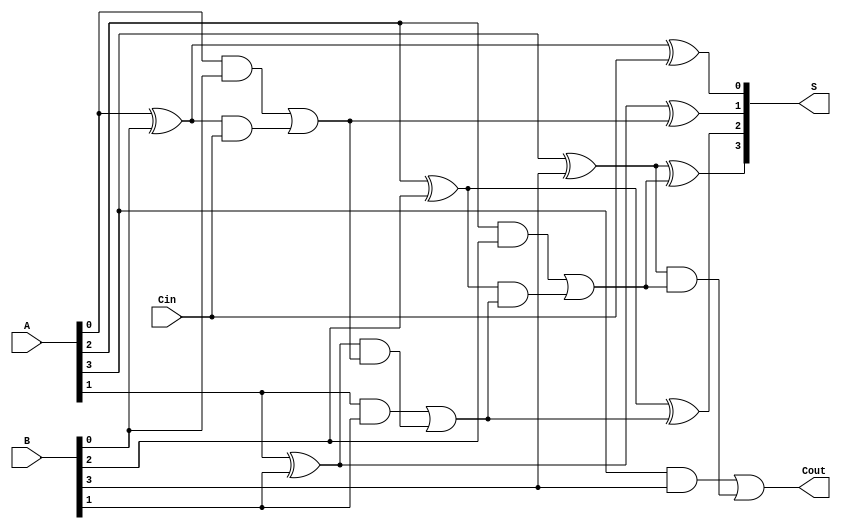
module ManchesterCarryChainAdder #(parameter n = 4) (
    input [n-1:0] A,      // First n-bit input
    input [n-1:0] B,      // Second n-bit input
    input Cin,            // Carry-in
    output [n-1:0] S,     // n-bit sum output
    output Cout           // Carry-out
);

    wire [n:0] C; // Carry signals
    wire [n-1:0] G; // Generate signals
    wire [n-1:0] P; // Propagate signals

    // Generate and Propagate signals
    genvar i;
    generate
        for (i = 0; i < n; i = i + 1) begin : full_adder
            assign G[i] = A[i] & B[i]; // Generate
            assign P[i] = A[i] ^ B[i]; // Propagate

            // Full Adder Logic
            assign S[i] = P[i] ^ C[i]; // Sum = A XOR B XOR C_in
            assign C[i+1] = G[i] | (P[i] & C[i]); // Carry out
        end
    endgenerate

    // Initial carry input
    assign C[0] = Cin; // Carry in to the first full adder
    assign Cout = C[n]; // Final carry out

endmodule